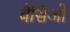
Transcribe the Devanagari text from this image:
बैसिओ